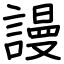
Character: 謾